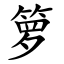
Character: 箩